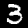
Digit: 3